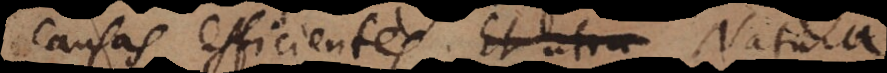
causas efficientes. Et utra Natura